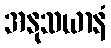
အနုသယာနံ